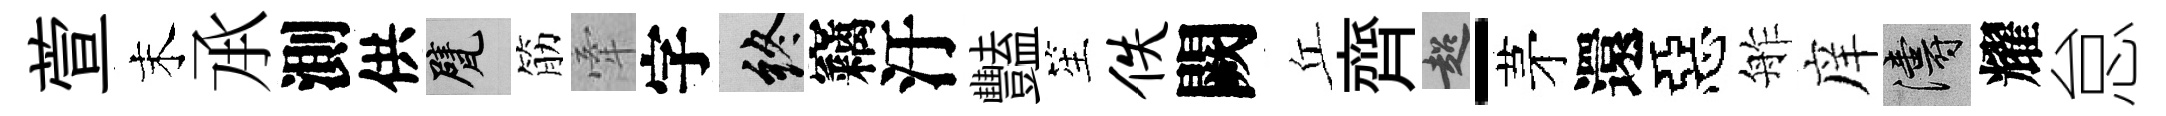
萱末𠄘測供甓筋牽字終竊汙豔笙佚闕丘齊超-茅還惡舴庠濤耀怠